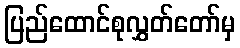
ပြည်ထောင်စုလွှတ်တော်မှ